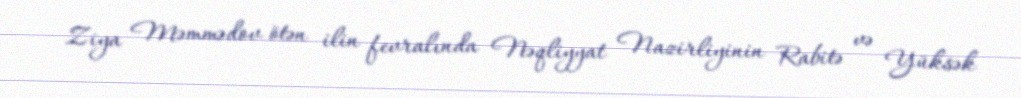
Ziya Məmmədov ötən ilin fevralında Nəqliyyat Nazirliyinin Rabitə və Yüksək